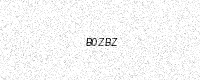
Text: B0ZBZ